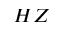
H Z